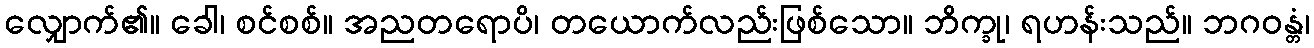
လျှောက်၏။ ခေါ၊ စင်စစ်။ အညတရောပိ၊ တယောက်လည်းဖြစ်သော။ ဘိက္ခု၊ ရဟန်းသည်။ ဘဂဝန္တံ၊